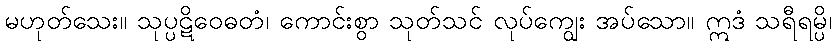
မဟုတ်သေး။ သုပ္ပဋိဝေဓတံ၊ ကောင်းစွာ သုတ်သင် လုပ်ကျွေး အပ်သော။ ဣဒံ သရီရမ္ပိ၊